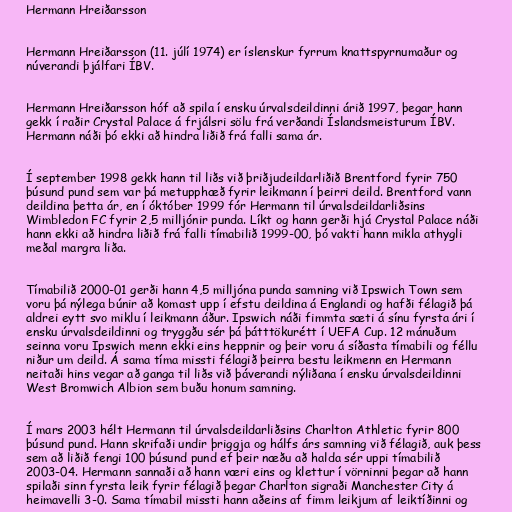
Hermann Hreiðarsson

Hermann Hreiðarsson (11. júlí 1974) er íslenskur fyrrum knattspyrnumaður og
núverandi þjálfari ÍBV.

Hermann Hreiðarsson hóf að spila í ensku úrvalsdeildinni árið 1997, þegar hann
gekk í raðir Crystal Palace á frjálsri sölu frá verðandi Íslandsmeisturum ÍBV.
Hermann náði þó ekki að hindra liðið frá falli sama ár.

Í september 1998 gekk hann til liðs við þriðjudeildarliðið Brentford fyrir 750
þúsund pund sem var þá metupphæð fyrir leikmann í þeirri deild. Brentford vann
deildina þetta ár, en í óktóber 1999 fór Hermann til úrvalsdeildarliðsins
Wimbledon FC fyrir 2,5 milljónir punda. Líkt og hann gerði hjá Crystal Palace náði
hann ekki að hindra liðið frá falli tímabilið 1999-00, þó vakti hann mikla athygli
meðal margra liða.

Tímabilið 2000-01 gerði hann 4,5 milljóna punda samning við Ipswich Town sem
voru þá nýlega búnir að komast upp í efstu deildina á Englandi og hafði félagið þá
aldrei eytt svo miklu í leikmann áður. Ipswich náði fimmta sæti á sínu fyrsta ári í
ensku úrvalsdeildinni og tryggðu sér þá þátttökurétt í UEFA Cup. 12 mánuðum
seinna voru Ipswich menn ekki eins heppnir og þeir voru á síðasta tímabili og féllu
niður um deild. Á sama tíma missti félagið þeirra bestu leikmenn en Hermann
neitaði hins vegar að ganga til liðs við þáverandi nýliðana í ensku úrvalsdeildinni
West Bromwich Albion sem buðu honum samning.

Í mars 2003 hélt Hermann til úrvalsdeildarliðsins Charlton Athletic fyrir 800
þúsund pund. Hann skrifaði undir þriggja og hálfs árs samning við félagið, auk þess
sem að liðið fengi 100 þúsund pund ef þeir næðu að halda sér uppi tímabilið
2003-04. Hermann sannaði að hann væri eins og klettur í vörninni þegar að hann
spilaði sinn fyrsta leik fyrir félagið þegar Charlton sigraði Manchester City á
heimavelli 3-0. Sama tímabil missti hann aðeins af fimm leikjum af leiktíðinni og